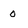
Character: 0